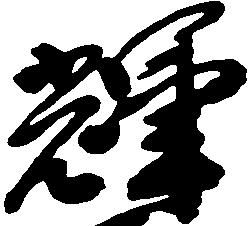
輝